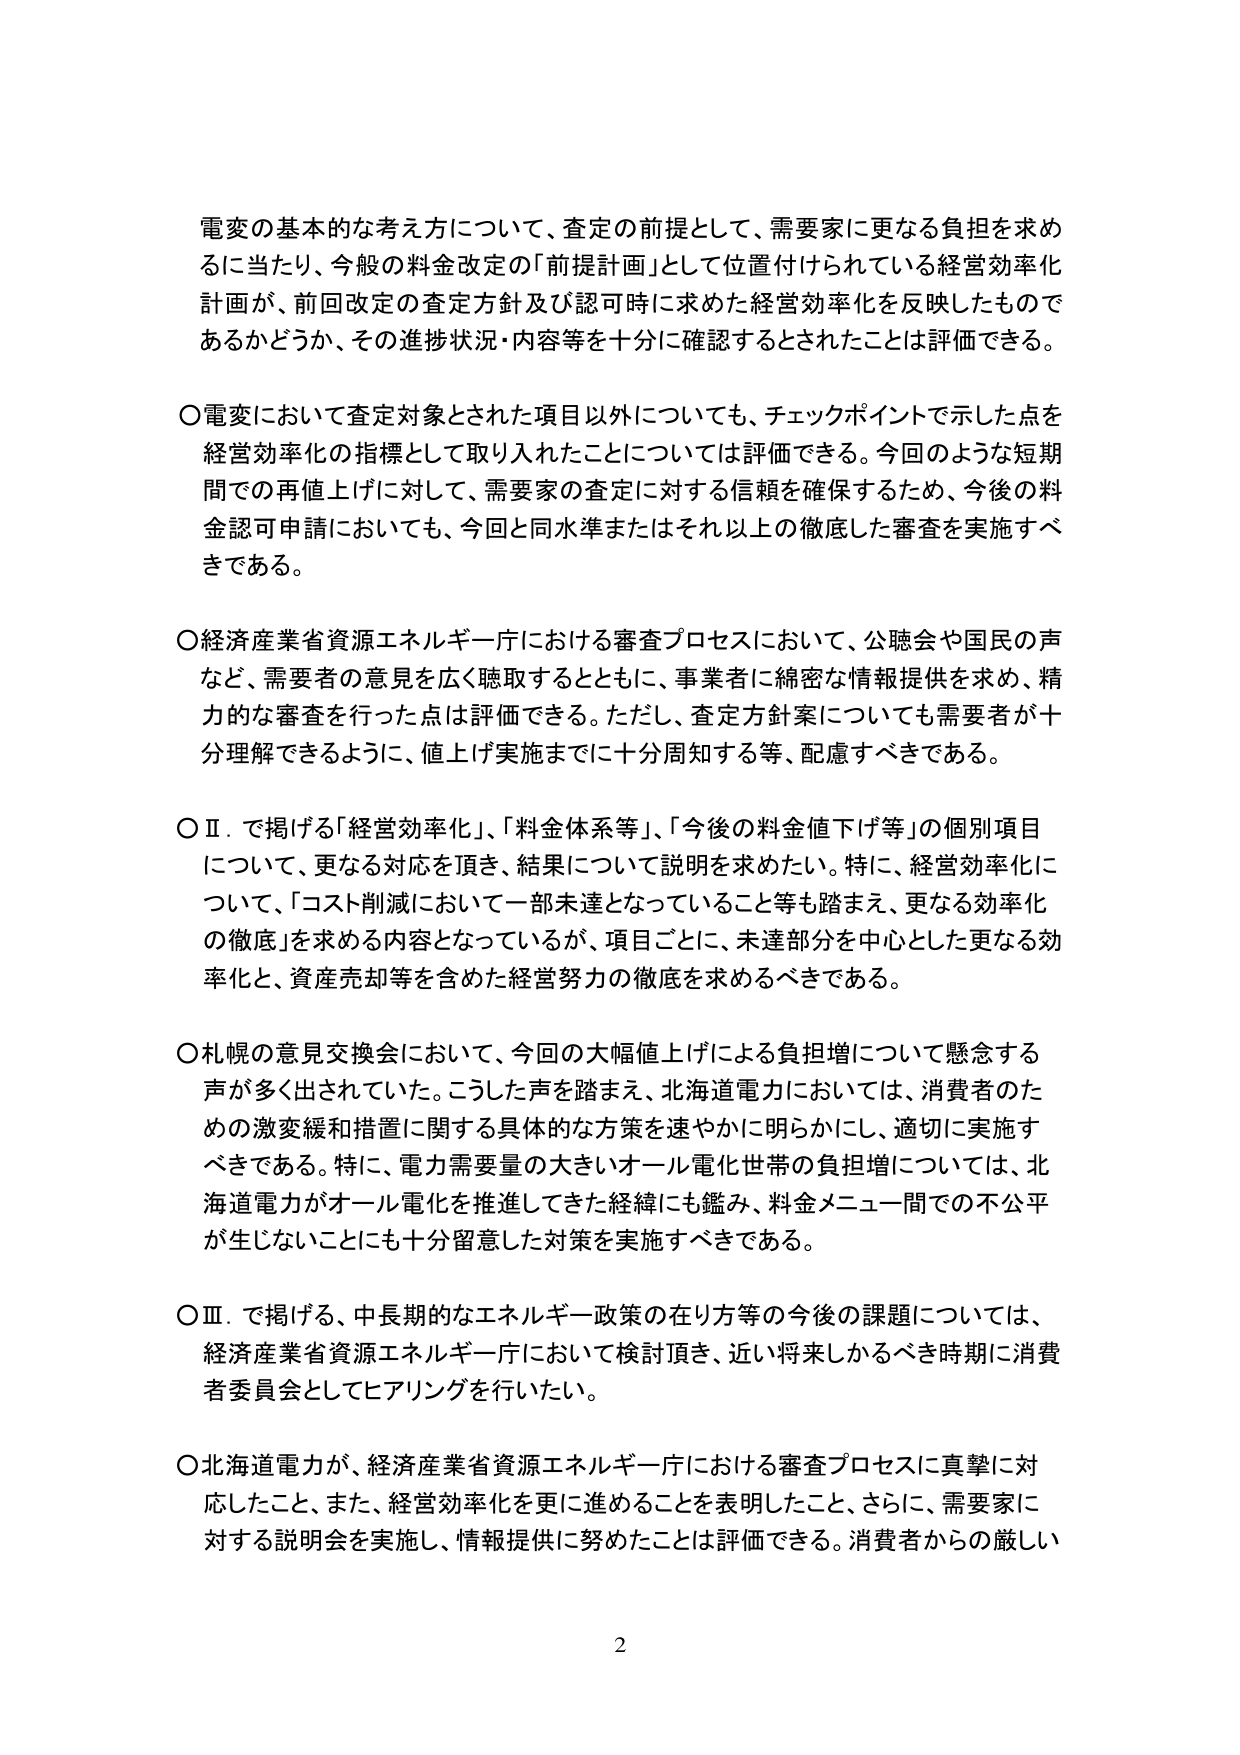
電変の基本的な考え方について、査定の前提として、需要家に更なる負担を求めるに当たり、今般の料金改定の「前提計画」として位置付けられている経営効率化計画が、前回改定の査定方針及び認可時に求めた経営効率化を反映したものであるかどうか、その進捗状況・内容等を十分に確認するとされたことは評価できる。

〇電変において査定対象とされた項目以外についても、チェックポイントで示した点を経営効率化の指標として取り入れたことについては評価できる。今回のような短期間での再値上げに対して、需要家の査定に対する信頼を確保するため、今後の料金認可申請においても、今回と同水準またはそれ以上の徹底した審査を実施すべきである。

〇経済産業省資源エネルギー庁における審査プロセスにおいて、公聴会や国民の声など、需要者の意見を広く聴取するとともに、事業者に綿密な情報提供を求め、精力的な審査を行った点は評価できる。ただし、査定方針案についても需要者が十分理解できるように、値上げ実施までに十分周知する等、配慮すべきである。

〇Ⅱ．で掲げる「経営効率化」、「料金体系等」、「今後の料金値下げ等」の個別項目について、更なる対応を頂き、結果について説明を求めたい。特に、経営効率化について、「コスト削減において一部未達となっていること等も踏まえ、更なる効率化の徹底」を求める内容となっているが、項目ごとに、未達部分を中心とした更なる効率化と、資産売却等を含めた経営努力の徹底を求めるべきである。

〇札幌の意見交換会において、今回の大幅値上げによる負担増について懸念する声が多く出されていた。こうした声を踏まえ、北海道電力においては、消費者のための激変緩和措置に関する具体的な方策を速やかに明らかにし、適切に実施すべきである。特に、電力需要量の大きいオール電化世帯の負担増については、北海道電力がオール電化を推進してきた経緯にも鑑み、料金メニュー間での不公平が生じないことにも十分留意した対策を実施すべきである。

〇Ⅲ．で掲げる、中長期的なエネルギー政策の在り方等の今後の課題については、経済産業省資源エネルギー庁において検討頂き、近い将来しかるべき時期に消費者委員会としてヒアリングを行いたい。

〇北海道電力が、経済産業省資源エネルギー庁における審査プロセスに真摯に対応したこと、また、経営効率化を更に進めることを表明したこと、さらに、需要家に対する説明会を実施し、情報提供に努めたことは評価できる。消費者からの厳しい

2